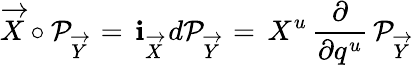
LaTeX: \overrightarrow{X}\circ{\cal P}_{\overrightarrow{Y}}\, =\, {\mathbf i}_{\overrightarrow{X}}\, d{\cal P}_{\overrightarrow{Y}}\, =\, X^{u}\, {\frac{\partial}{\partial q^{u}}}\, {\cal P}_{\overrightarrow{Y}}\,